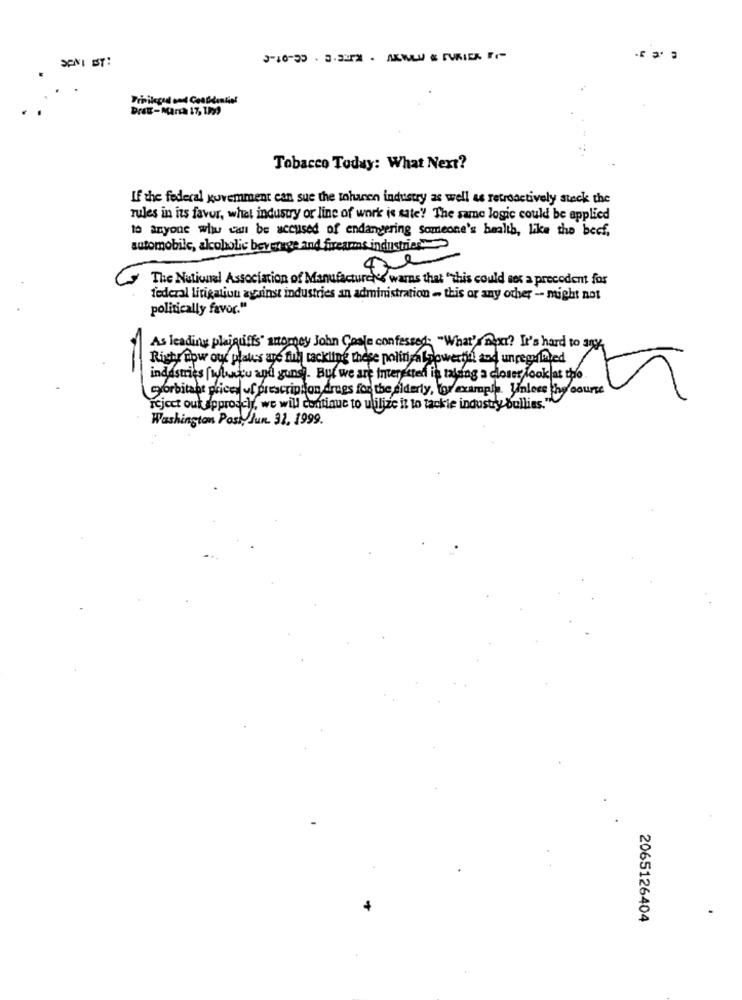
SENT BY:
Privileged and Confidential
DrEE -Maria 17, 1999
Tobacco Today: What Next?
If the federal government can sue the tohanen industry as well as retroactively stack the
rules in its favor, what industry or line of work is sate! The same logic could be applied
to anyone who can be accused of endangering someone's health, like the beef,
automobile, alcoholic beverage and firearms industries
The National Association of Manufacture , warns that "this could not a precedent for
federal litigation against industries an administration - this or any other -- might not
politically favor."
As leading plajquiffs" attomey John Coste confessed: "What's next? It's hard to any
Richy how our plates age ful tackling these political powertil and unregalited
industries [what's and guns). But we are interested in rating a closer look at the
@forbitabt prices of prescription drugs for the elderly, for example. Unless the course
reject out approach, we will continue to utilize it to tackle industry bullies."
Washington Posty Jun. 31, 1999.
2065126404